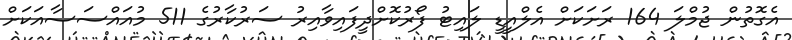
އެގޮތުން ޖުމްލަ 164 ރަށަކަށް އެލްއީޑީ ލައިޓު ފޯރުކޮށްދީފައިވާއިރު ސަރުކާރުގެ 511 މުއައްސަސާއަކަށް